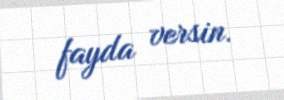
fayda versin.